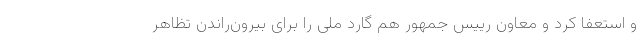
و استعفا کرد و معاون رییس جمهور هم گارد ملی را برای بیرون‌راندن تظاهر